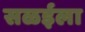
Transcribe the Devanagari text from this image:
सळईला